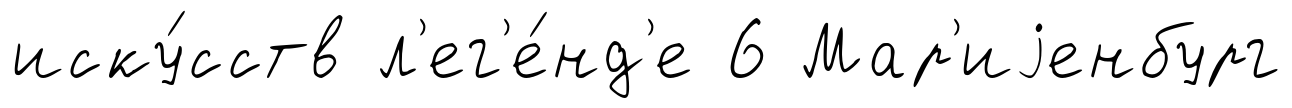
иску́сств л'ег'е́нд'е 6 Мар'иjенбург